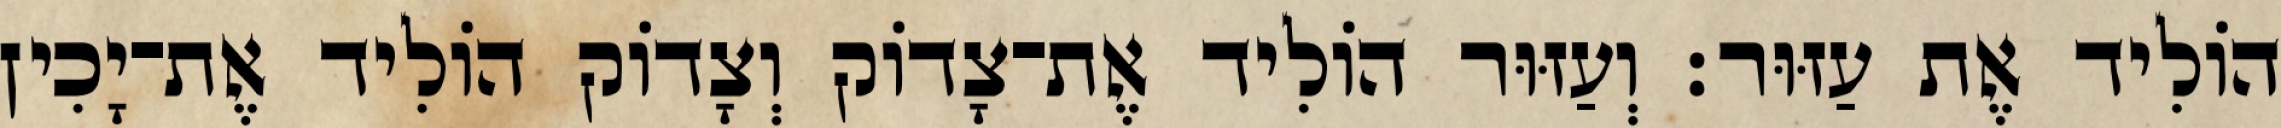
הוֹלִיד אֶת עַזּוּר׃ וְעַזּוּר הוֹלִיד אֶת־צָדוֹק וְצָדוֹק הוֹלִיד אֶת־יָכִין